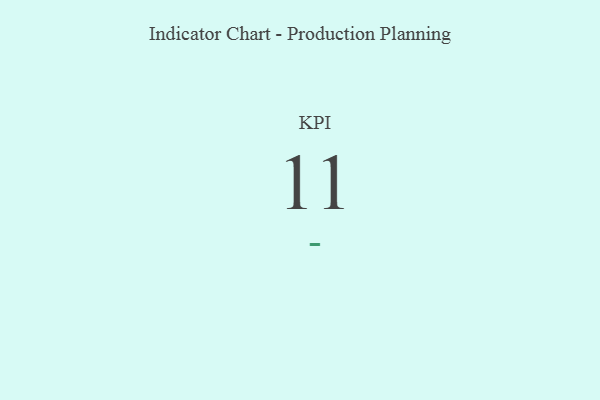
{"axis": {"x": "KPI", "y": "Value"}, "legend": [""], "data": [{"x": "KPI", "y": 11, "type": ""}]}